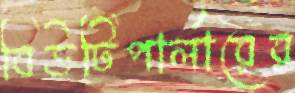
বিউটিপার্লারের